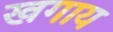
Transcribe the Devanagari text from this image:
खगाय